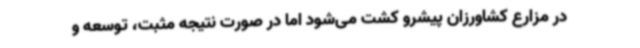
در مزارع کشاورزان پیشرو کشت می‌شود اما در صورت نتیجه مثبت، توسعه و